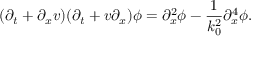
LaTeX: ( \partial _ { t } + \partial _ { x } v ) ( \partial _ { t } + v \partial _ { x } ) \phi = \partial _ { x } ^ { 2 } \phi - \frac { 1 } { k _ { 0 } ^ { 2 } } \partial _ { x } ^ { 4 } \phi .